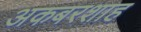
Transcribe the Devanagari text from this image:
अकबरशाह